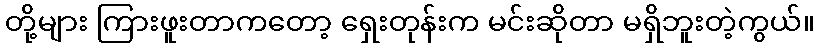
တို့များ ကြားဖူးတာကတော့ ရှေးတုန်းက မင်းဆိုတာ မရှိဘူးတဲ့ကွယ်။